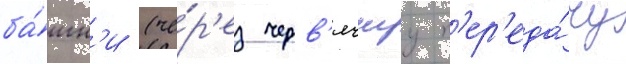
ба́шн'и (че́р'ез черв'ячнуу п'ер'еда́чу